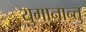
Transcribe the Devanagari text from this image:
युगानान्तु